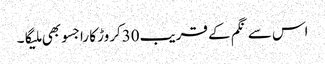
اس سے نگم کے قریب30کروڑ کا راجسو بھی ملیگا۔